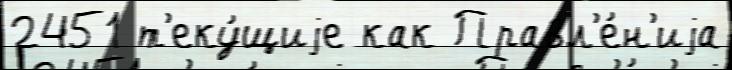
2451 т'еку́щиjе как Правл'е́н'иjа